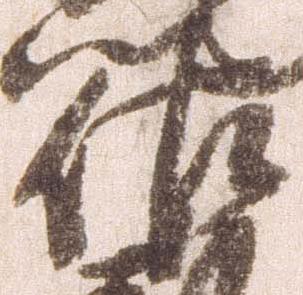
佐